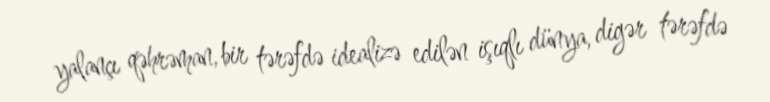
yalançı qəhrəman, bir tərəfdə idealizə edilən işıqlı dünya, digər tərəfdə